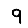
Digit: 9